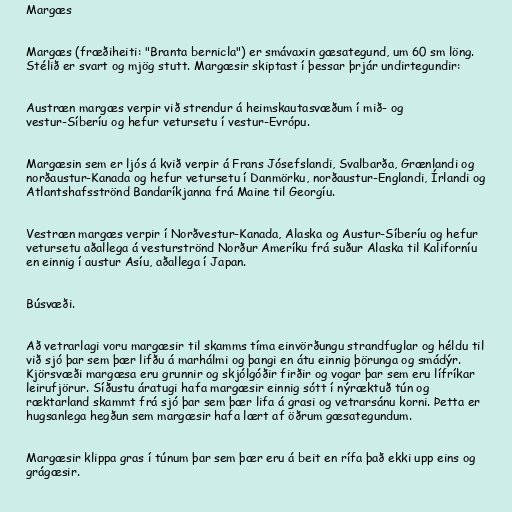
Margæs

Margæs (fræðiheiti: "Branta bernicla") er smávaxin gæsategund, um 60 sm löng.
Stélið er svart og mjög stutt. Margæsir skiptast í þessar þrjár undirtegundir:

Austræn margæs verpir við strendur á heimskautasvæðum í mið- og
vestur-Síberíu og hefur vetursetu í vestur-Evrópu.

Margæsin sem er ljós á kvið verpir á Frans Jósefslandi, Svalbarða, Grænlandi og
norðaustur-Kanada og hefur vetursetu í Danmörku, norðaustur-Englandi, Írlandi og
Atlantshafsströnd Bandaríkjanna frá Maine til Georgíu.

Vestræn margæs verpir í Norðvestur-Kanada, Alaska og Austur-Síberíu og hefur
vetursetu aðallega á vesturströnd Norður Ameríku frá suður Alaska til Kaliforníu
en einnig í austur Asíu, aðallega í Japan.

Búsvæði.

Að vetrarlagi voru margæsir til skamms tíma einvörðungu strandfuglar og héldu til
við sjó þar sem þær lifðu á marhálmi og þangi en átu einnig þörunga og smádýr.
Kjörsvæði margæsa eru grunnir og skjólgóðir firðir og vogar þar sem eru lífríkar
leirufjörur. Síðustu áratugi hafa margæsir einnig sótt í nýræktuð tún og
ræktarland skammt frá sjó þar sem þær lifa á grasi og vetrarsánu korni. Þetta er
hugsanlega hegðun sem margæsir hafa lært af öðrum gæsategundum.

Margæsir klippa gras í túnum þar sem þær eru á beit en rífa það ekki upp eins og
grágæsir.